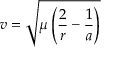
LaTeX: v = { \sqrt { \mu \left( { \frac { 2 } { r } } - { \frac { 1 } { a } } \right) } }